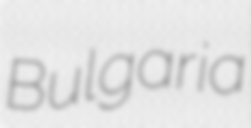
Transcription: Bulgaria